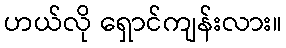
ဟယ်လို ရှောင်ကျန်းလား။